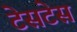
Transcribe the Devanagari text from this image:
टेसटेस